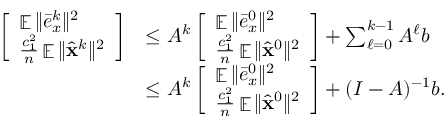
\begin{array} { r l } { \left[ \begin{array} { l } { \mathop { \mathbb { E } } \| \bar { e } _ { x } ^ { k } \| ^ { 2 } } \\ { \frac { c _ { 1 } ^ { 2 } } { n } \mathop { \mathbb { E } } \| \hat { { \mathbf { x } } } ^ { k } \| ^ { 2 } } \end{array} \right] } & { \leq A ^ { k } \left[ \begin{array} { l } { \mathop { \mathbb { E } } \| \bar { e } _ { x } ^ { 0 } \| ^ { 2 } } \\ { \frac { c _ { 1 } ^ { 2 } } { n } \mathop { \mathbb { E } } \| \hat { { \mathbf { x } } } ^ { 0 } \| ^ { 2 } } \end{array} \right] + \sum _ { \ell = 0 } ^ { k - 1 } A ^ { \ell } b } \\ & { \leq A ^ { k } \left[ \begin{array} { l } { \mathop { \mathbb { E } } \| \bar { e } _ { x } ^ { 0 } \| ^ { 2 } } \\ { \frac { c _ { 1 } ^ { 2 } } { n } \mathop { \mathbb { E } } \| \hat { { \mathbf { x } } } ^ { 0 } \| ^ { 2 } } \end{array} \right] + ( I - A ) ^ { - 1 } b . } \end{array}